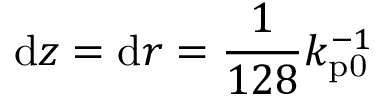
\mathrm { d } z = \mathrm { d } r = \frac { 1 } { 1 2 8 } k _ { \mathrm { p 0 } } ^ { - 1 }